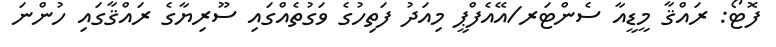
ފޮޓޯ: ރައްޤާ މީޑީއާ ސެންޓަރ/އޭއެފްޕީ މިއަދު ފަތިހުގެ ވަގުތެއްގައި ސޫރިޔާގެ ރައްޤާގައި ހުންނަ